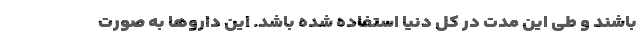
باشند و طی این مدت در کل دنیا استفاده شده باشد. این داروها به صورت